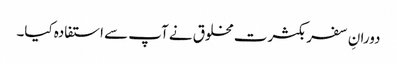
دورانِ سفر بکثرت مخلوق نے آپ سے استفادہ کیا۔